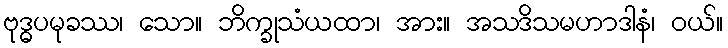
ဗုဒ္ဓပမုခဿ၊ သော။ ဘိက္ခုသံယထာ၊ အား။ အသဒိသမဟာဒါနံ၊ ဝယ်။